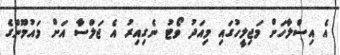
އެ އިސްލާހަށް މަޖިލީހުގައި މިއަދު ވޯޓު ނެގިއިރު އެ ޖަލްސާ އަށް މައުމޫންގެ